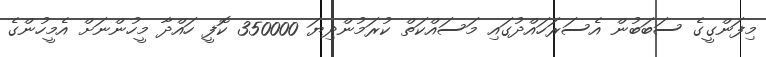
މިފަންގީގެ ސަބަބުން އެސަރަހައްދުގައި މަސައްކަތް ކުރަމުންދިޔަ 350000 ކޮފީ ހައްދާ މީހުންނަށް އެމީހުންގެ